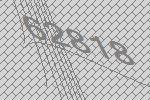
62818